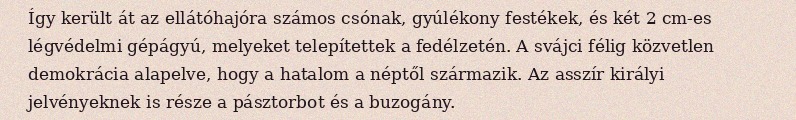
Így került át az ellátóhajóra számos csónak, gyúlékony festékek, és két 2 cm-es légvédelmi gépágyú, melyeket telepítettek a fedélzetén. A svájci félig közvetlen demokrácia alapelve, hogy a hatalom a néptől származik. Az asszír királyi jelvényeknek is része a pásztorbot és a buzogány.